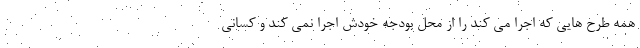
همه طرح هایی که اجرا می کند را از محل بودجه خودش اجرا نمی کند و کسانی